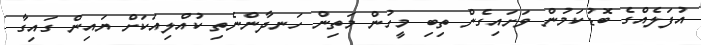
އުފަލެއްގެ ބޮޑުކަމުން ވަށައިގެން ތިބި މީހުން މަތިން ހަނދާންނެތި ކުއްލިއަކަށް ޔައިން ގައިގާ